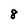
Character: 8